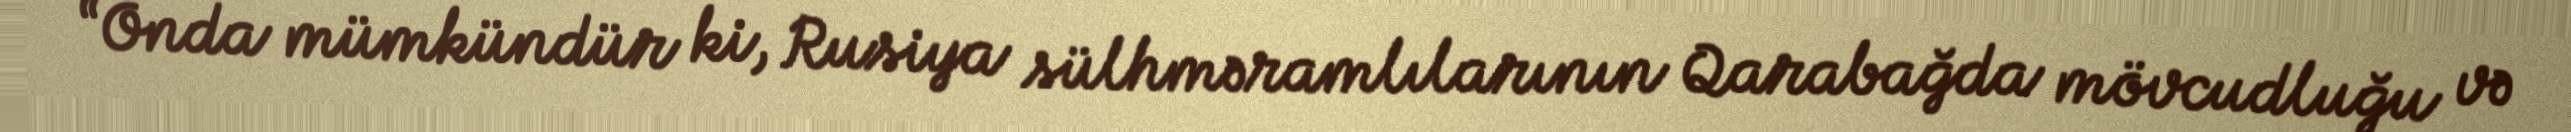
“Onda mümkündür ki, Rusiya sülhməramlılarının Qarabağda mövcudluğu və